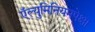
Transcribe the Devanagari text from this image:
ऍल्युमिनियमपेक्षा